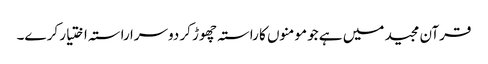
قرآن مجید میں ہے جو مومنوں کا راستہ چھوڑ کر دوسرا راستہ اختیار کر ے۔